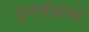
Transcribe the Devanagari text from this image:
मृदगंधाचा